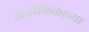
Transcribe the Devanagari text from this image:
अलौकिकाच्या